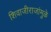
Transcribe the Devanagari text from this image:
शिवाजीराजांमुळे